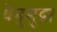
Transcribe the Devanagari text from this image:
धेनुमुद्रा